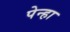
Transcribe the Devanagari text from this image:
पेन्हा